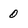
Character: 0